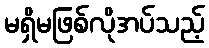
မရှိမဖြစ်လိုအပ်သည့်